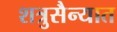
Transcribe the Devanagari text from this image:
शत्रुसैन्यात